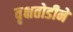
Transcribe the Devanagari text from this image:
वृक्षतोडीने